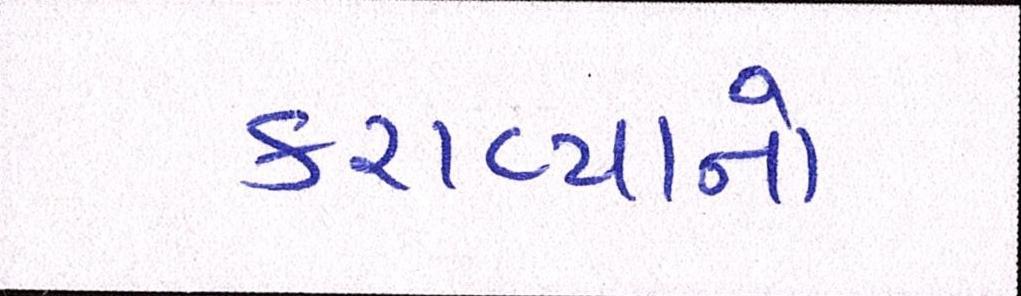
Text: કરાવ્યાનો